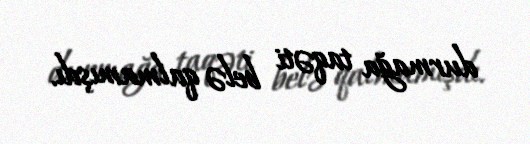
durmağa taqəti belə qalmamışdı.